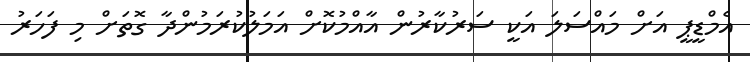
އެމްޑީޕީ އަށް މައްސަލަ އަކީ ސަރުކާރުން އާއްމުކޮށް އަމަލުކުރަމުންދާ ގޮތަށް މި ފަހަރު